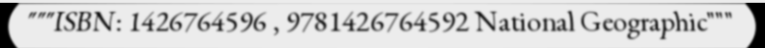
"""ISBN: 1426764596 , 9781426764592 National Geographic"""